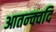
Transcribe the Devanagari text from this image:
आतन्क्वदि